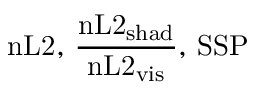
\mathrm { n L 2 } , \, \frac { \mathrm { n L 2 } _ { \mathrm { s h a d } } } { \mathrm { n L 2 } _ { \mathrm { v i s } } } , \, \mathrm { S S P }